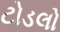
ટોડલો